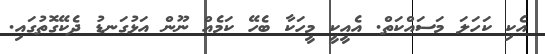
އެކި ކަހަލަ މަސައްކަތް. އެއީކީ މީހަކާ ބެހޭ ކަމެއް ނޫން އަޅުގަނޑު ދެކޭގޮތުގައި.